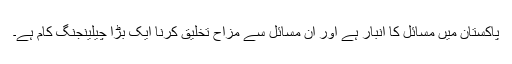
پاکستان میں مسائل کا انبار ہے اور ان مسائل سے مزاح تخلیق کرنا ایک بڑا چیلینجنگ کام ہے۔